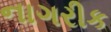
નાગરીક